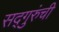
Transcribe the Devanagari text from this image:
सद्‍गुरुंची